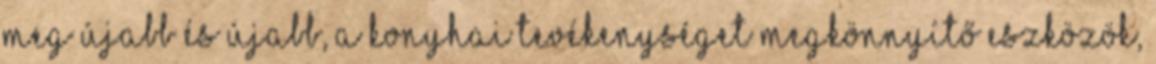
meg újabb és újabb, a konyhai tevékenységet megkönnyítő eszközök,